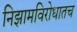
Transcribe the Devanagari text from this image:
निझामविरोधातच